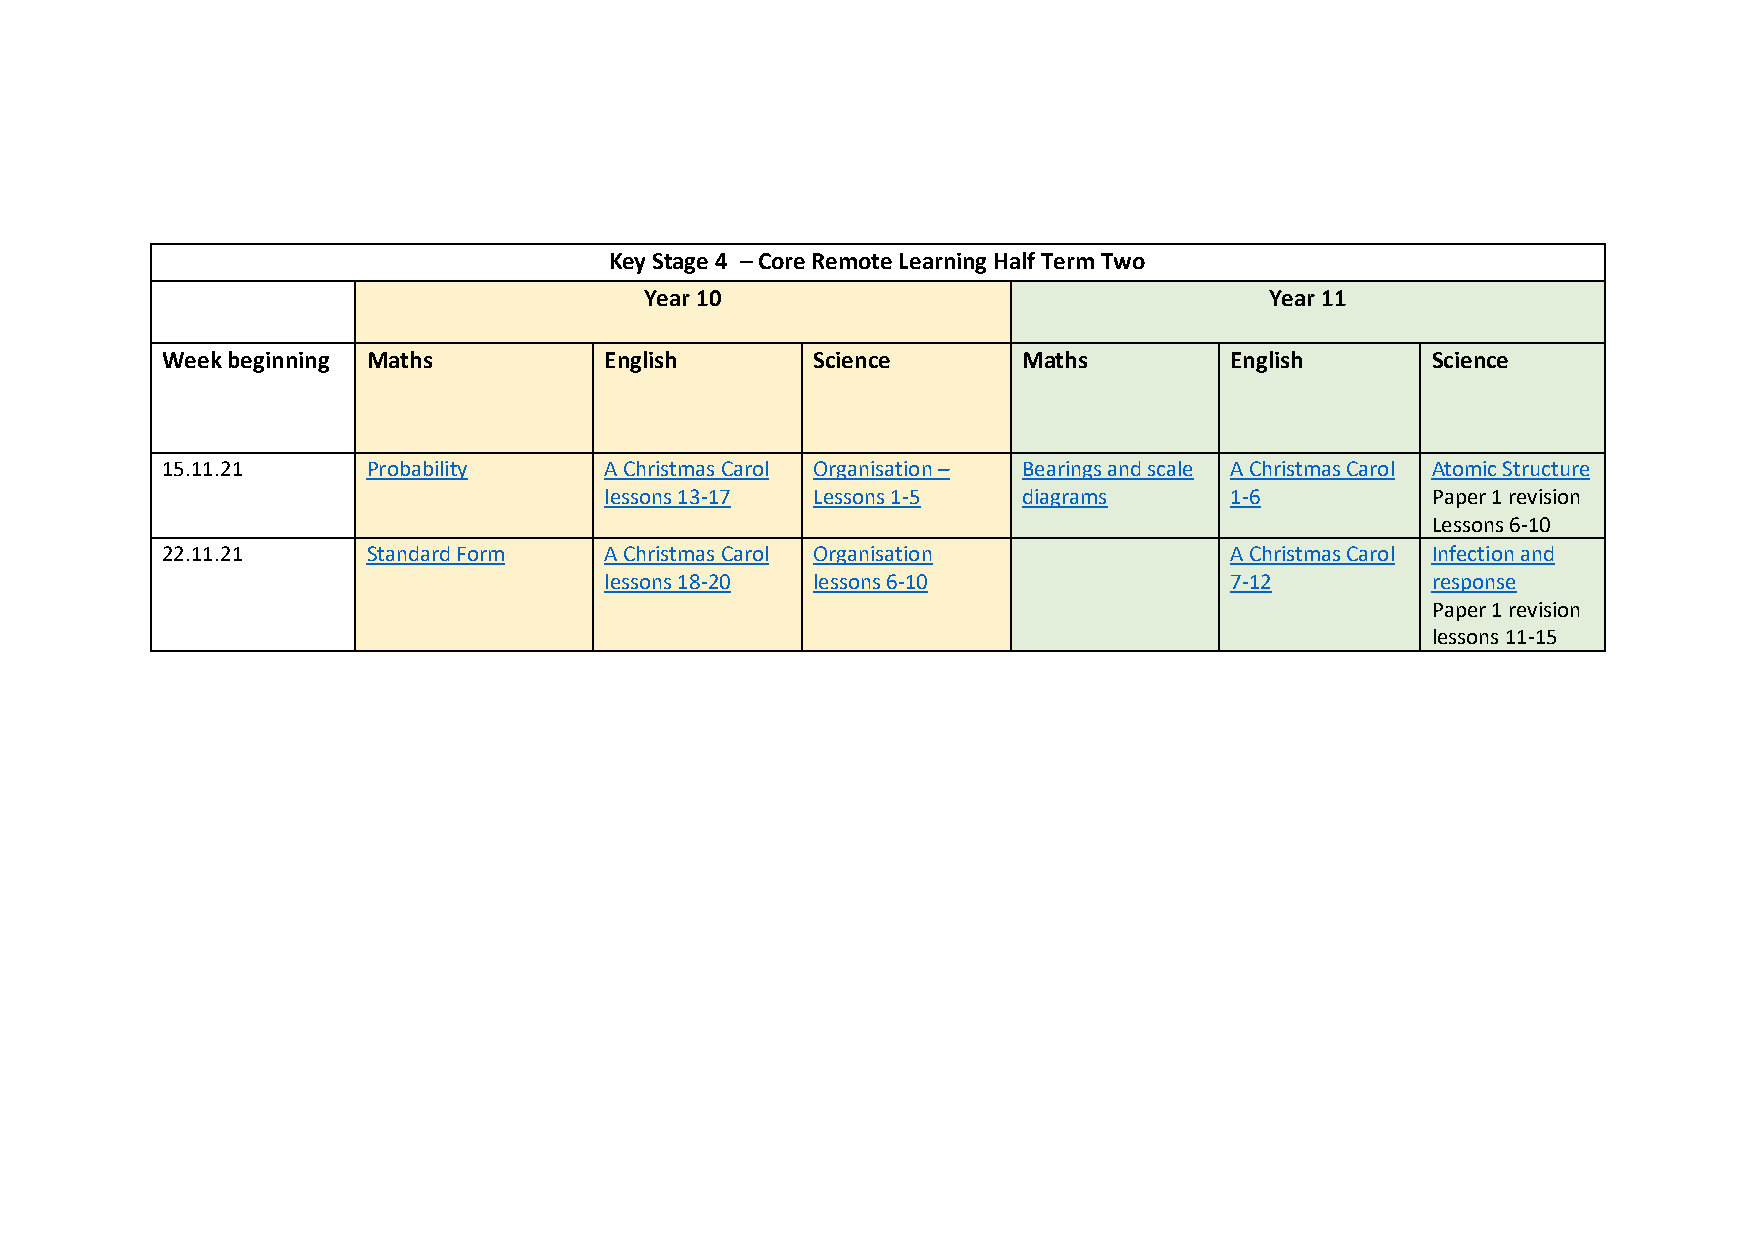
Key Stage 4 – Core Remote Learning Half Term Two
 Year 10                                  Year 11
 Week beginning Maths         English       Science       Maths        English       Science
 15.11.21     Probability     A Christmas Carol Organisation – Bearings and scale A Christmas Carol Atomic Structure
 lessons 13-17 Lessons 1-5   diagrams     1-6           Paper 1 revision
 Lessons 6-10
 22.11.21     Standard Form   A Christmas Carol Organisation           A Christmas Carol Infection and
 lessons 18-20 lessons 6-10               7-12          response
 Paper 1 revision
 lessons 11-15